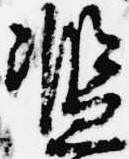
濫